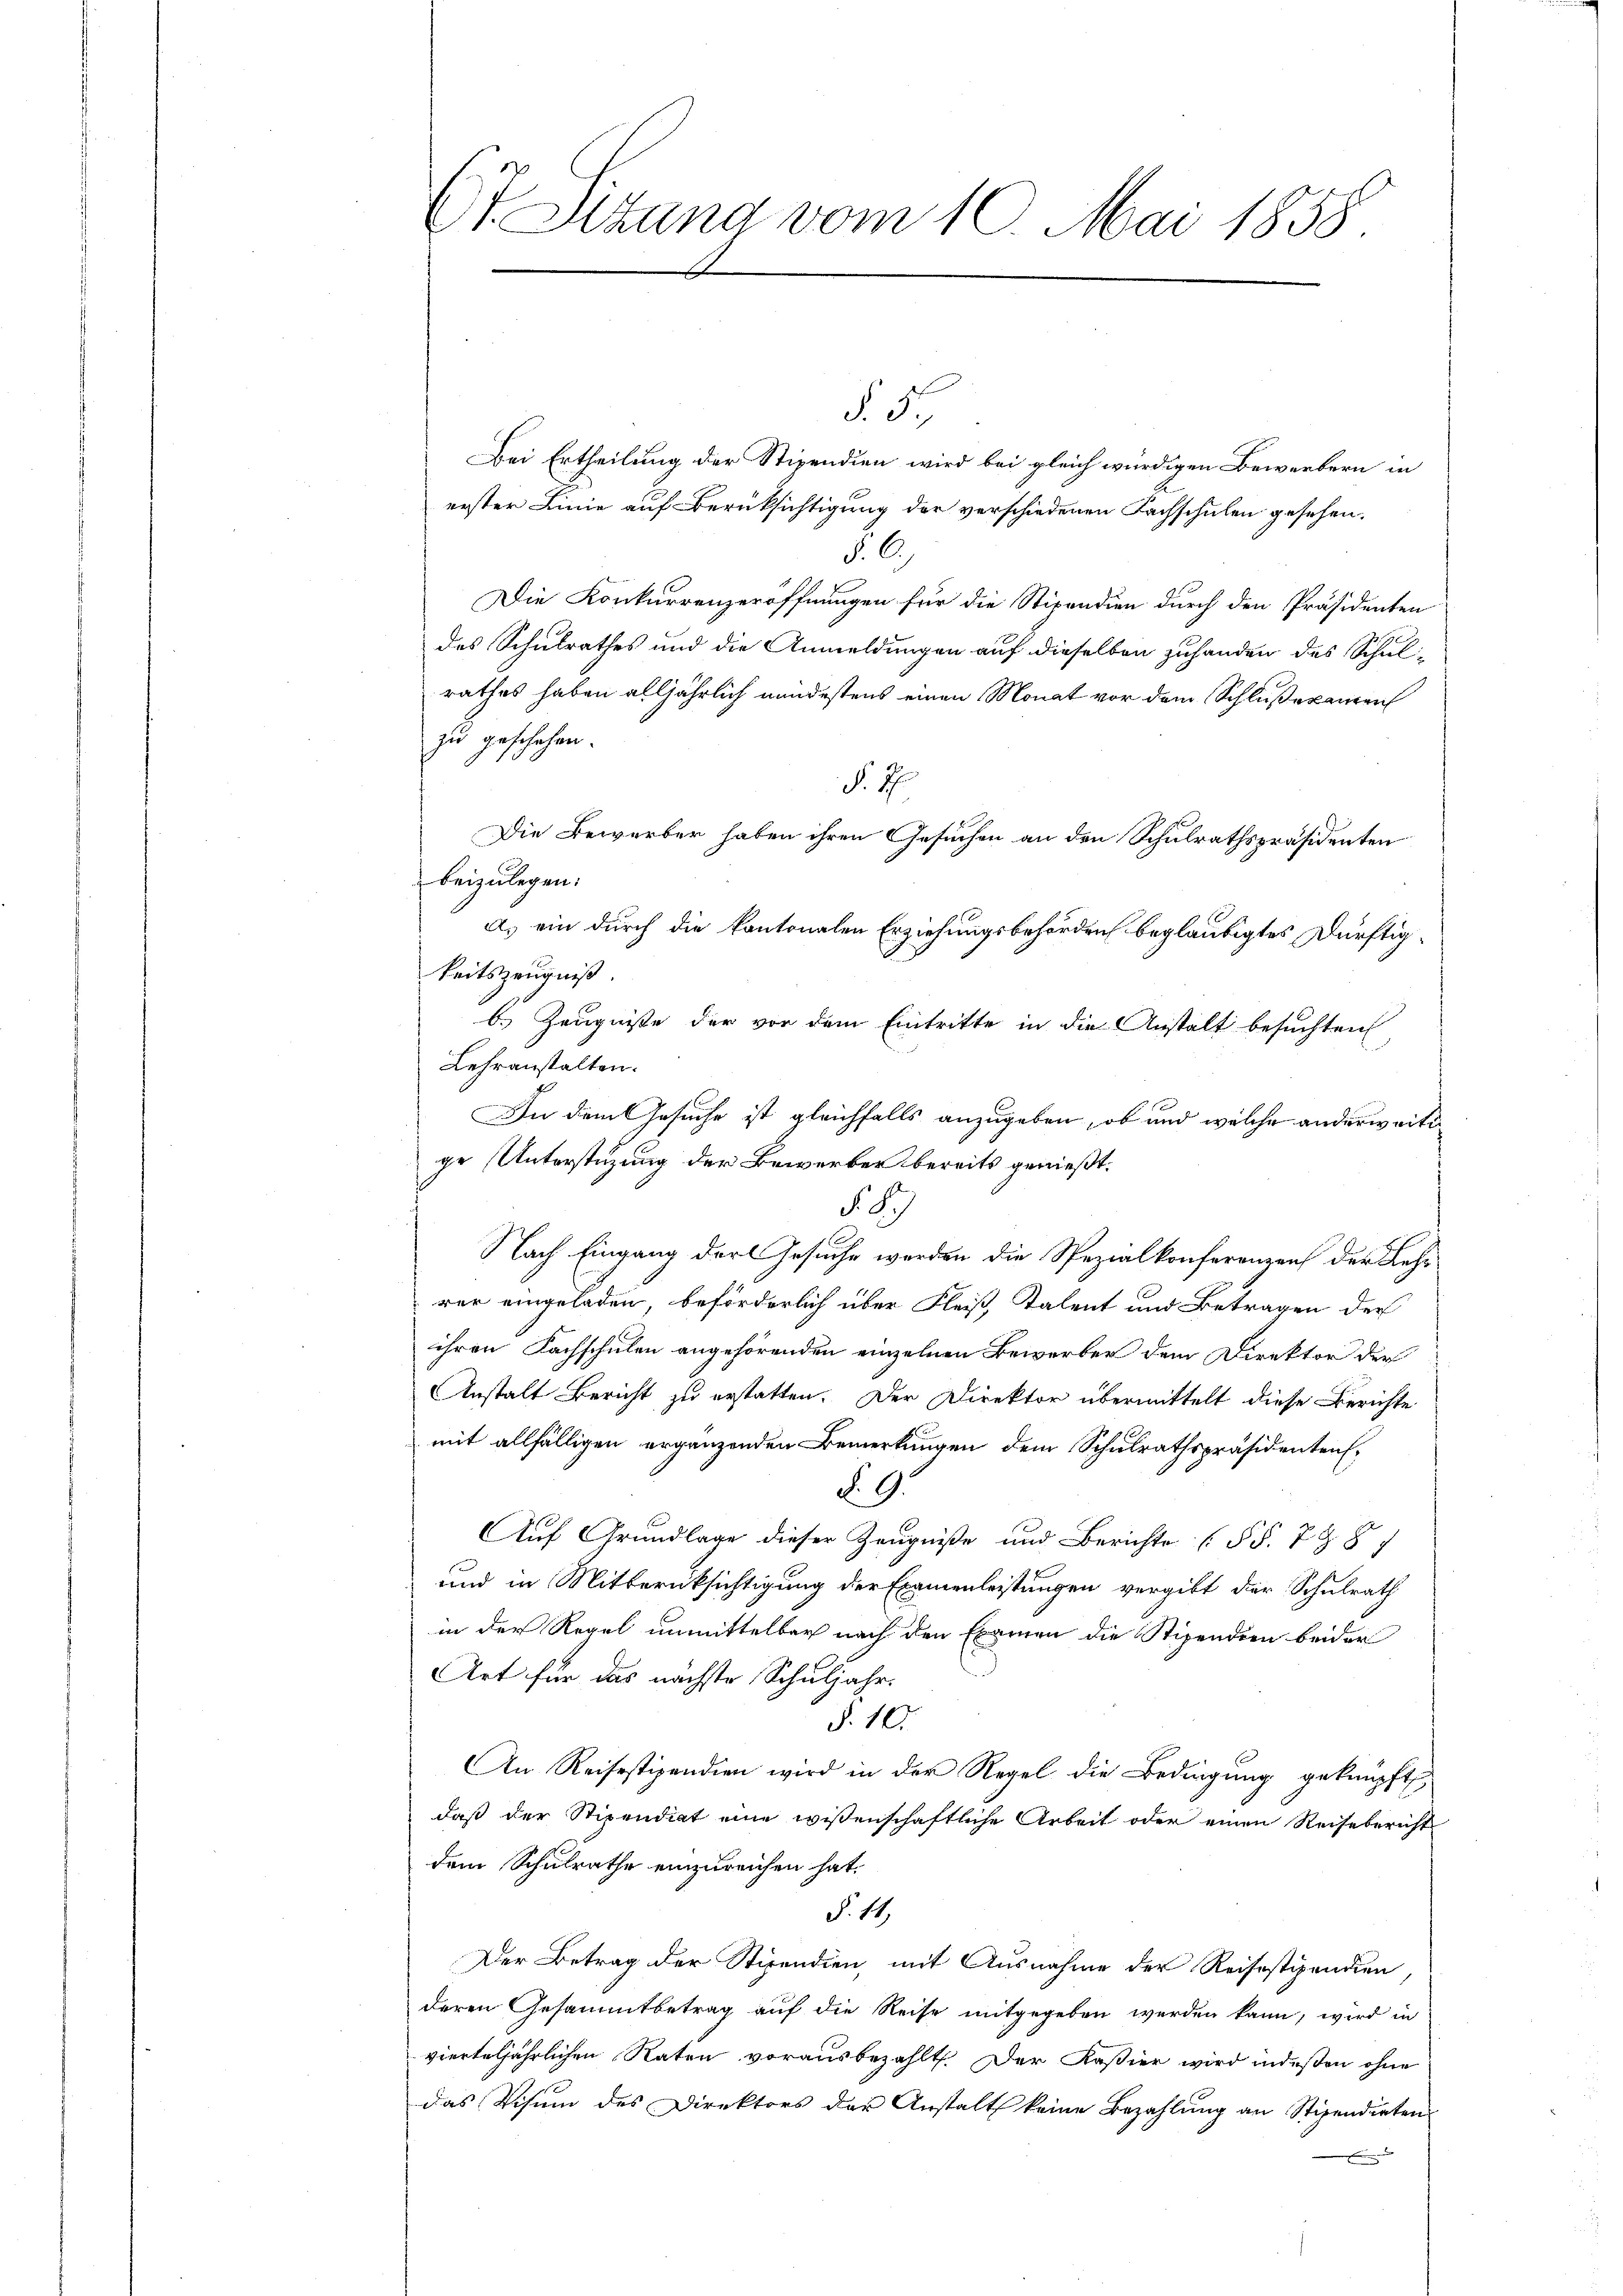
N 5
Bei Ertheilung der Stipendien wird bei gleich würdigen Bewerbern in
erster Linie auf Berüksichtigung der verschiedenen Fachschulen gesehen.
§. 6.
Die Konkurrenzeröffnungen für die Stipendien durch den Präsidenten
des Schulrathes und die Anmeldungen auf dieselben zuhanden des Schul-
rathes haben alljährlich mindestens einen Monat vor dem Schlußexamen
zu geschehen.
§. 4.
Die Bewerber haben ihren Gesuchen an den Schulrathspräsidenten
beizulegen.
a) ein durch die kantonalen Erziehungsbehörden beglaubigtes Dürftigkeitszeugniß.
b.) Zeugnisse der vor dem Eintritte in die Anstalt besuchten
Lehranstalten.
f
In dem Gesuche ist gleichfalls anzugeben, ob und welche anderweitige Unterstüzung der Bewerber bereits genießt.

Nach Eingang der Gesuche werden die Spezialkonferenzen der Lehrer eingeladen, beförderlich über Fleiß Kalent und Betragen der
ihren Fachschulen angehörenden einzelnen Bewerber dem Direktor der
Anstalt Bericht zu erstatten. Der Direktor übermittelt diese Berichte
mit allfälligen ergänzenden Bemerkungen dem Schulrathspräsidenten
§. 9.
Auf Grundlage dieser Zeugniße und Berichte (§§. 798/
und in Mitberücksichtigung der Examenleistungen vergibt der Schulrath
in der Regel unmittelbar nach den Examen die Stipendien beider
Art für das nächste Schuljahr.
§. 10.
An Reisestipendien wird in der Regel die Bedingung geknüpft,
daß der Stipendiat eine wissenschaftliche Arbeit oder einen Reisebericht
dem Schulrathe einzureichen hat.
§. 11,
Der Betrag der Stipendien, mit Ausnahme der Reisestipendien
deren Gesammtbetrag auf die Reise mitgegeben werden kann, wird in
vierteljährlichen Raten vorausbezahlt. Der Kaßier wird indeßen ohne
das Visum des Direktors der Anstalt keine Bezahlung an Stipendirten

Ct. Sizung vom 10. Mai 1858